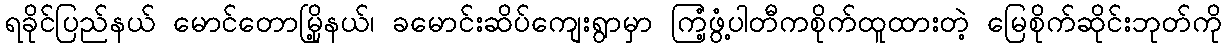
ရခိုင်ပြည်နယ် မောင်တောမြို့နယ်၊ ခမောင်းဆိပ်ကျေးရွာမှာ ကြံ့ဖွံ့ပါတီကစိုက်ထူထားတဲ့ မြေစိုက်ဆိုင်းဘုတ်ကို